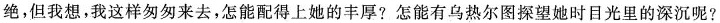
绝，但我想，我这样匆匆来去，怎能配得上她的丰厚?怎能有乌热尔图探望她时日光里的深沉呢?